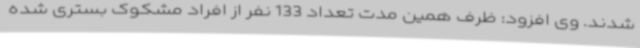
شدند. وی افزود: ظرف همین مدت تعداد 133 نفر از افراد مشکوک بستری شده